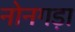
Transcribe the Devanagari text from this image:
नोनगड़ा